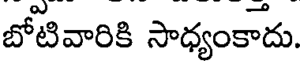
బోటివారికి సాధ్యంకాదు.